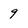
Character: 9